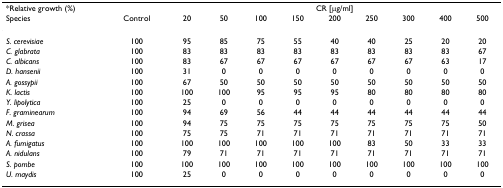
| <COLSPAN=2> *Relative growth (%) | <COLSPAN=9> CR [μg/ml] |
 | Species | Control | 20 | 50 | 100 | 150 | 200 | 250 | 300 | 400 | 500 |
 | --- | --- | --- | --- | --- | --- | --- | --- | --- | --- | --- |
 | S. cerevisiae | 100 | 95 | 85 | 75 | 55 | 40 | 40 | 25 | 20 | 20 |
 | C. glabrata | 100 | 83 | 83 | 83 | 83 | 83 | 83 | 83 | 83 | 67 |
 | C. albicans | 100 | 83 | 67 | 67 | 67 | 67 | 67 | 67 | 63 | 17 |
 | D. hansenii | 100 | 31 | 0 | 0 | 0 | 0 | 0 | 0 | 0 | 0 |
 | A. gossypii | 100 | 67 | 50 | 50 | 50 | 50 | 50 | 50 | 50 | 50 |
 | K. lactis | 100 | 100 | 100 | 95 | 95 | 95 | 80 | 80 | 80 | 80 |
 | Y. lipolytica | 100 | 25 | 0 | 0 | 0 | 0 | 0 | 0 | 0 | 0 |
 | F. graminearum | 100 | 94 | 69 | 56 | 44 | 44 | 44 | 44 | 44 | 44 |
 | M. grisea | 100 | 94 | 75 | 75 | 75 | 75 | 75 | 75 | 75 | 50 |
 | N. crassa | 100 | 75 | 75 | 71 | 71 | 71 | 71 | 71 | 71 | 71 |
 | A. fumigatus | 100 | 100 | 100 | 100 | 100 | 100 | 83 | 50 | 33 | 33 |
 | A. nidulans | 100 | 79 | 71 | 71 | 71 | 71 | 71 | 71 | 71 | 71 |
 | S. pombe | 100 | 100 | 100 | 100 | 100 | 100 | 100 | 100 | 100 | 100 |
 | U. maydis | 100 | 25 | 0 | 0 | 0 | 0 | 0 | 0 | 0 | 0 |